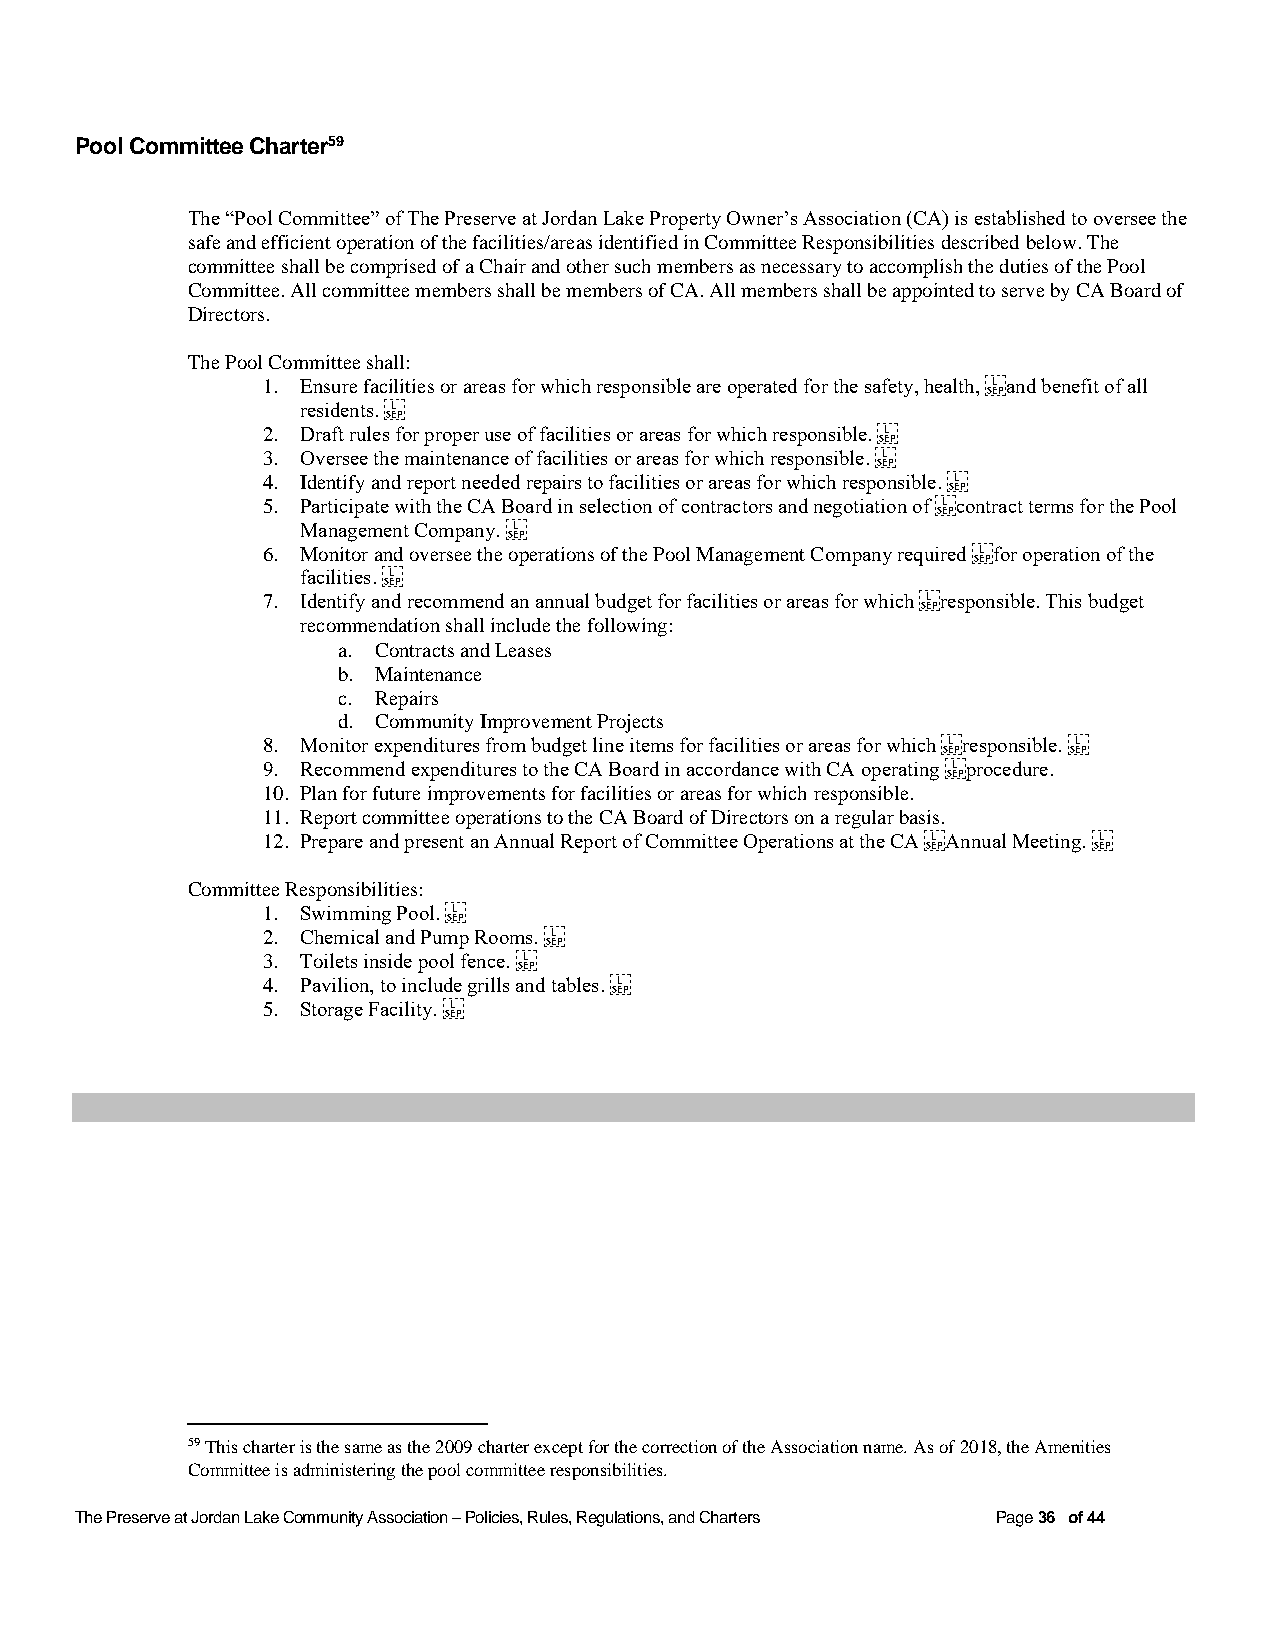
Pool Committee Charter59
 The “Pool Committee” of The Preserve at Jordan Lake Property Owner’s Association (CA) is established to oversee the
 safe and efficient operation of the facilities/areas identified in Committee Responsibilities described below. The
 committee shall be comprised of a Chair and other such members as necessary to accomplish the duties of the Pool
 Committee. All committee members shall be members of CA. All members shall be appointed to serve by CA Board of
 Directors.
 The Pool Committee shall:
 1. Ensure facilities or areas for which responsible are operated for the safety, health, and benefit of all
 residents.
 2. Draft rules for proper use of facilities or areas for which responsible.
 3. Oversee the maintenance of facilities or areas for which responsible.
 4. Identify and report needed repairs to facilities or areas for which responsible.
 5. Participate with the CA Board in selection of contractors and negotiation of contract terms for the Pool
 Management Company.
 6. Monitor and oversee the operations of the Pool Management Company required for operation of the
 facilities.
 7. Identify and recommend an annual budget for facilities or areas for which responsible. This budget
 recommendation shall include the following:
 a. Contracts and Leases
 b. Maintenance
 c. Repairs
 d. Community Improvement Projects
 8. Monitor expenditures from budget line items for facilities or areas for which responsible.
 9. Recommend expenditures to the CA Board in accordance with CA operating procedure.
 10. Plan for future improvements for facilities or areas for which responsible.
 11. Report committee operations to the CA Board of Directors on a regular basis.
 12. Prepare and present an Annual Report of Committee Operations at the CA Annual Meeting.
 Committee Responsibilities:
 1. Swimming Pool.
 2. Chemical and Pump Rooms.
 3. Toilets inside pool fence.
 4. Pavilion, to include grills and tables.
 5. Storage Facility.
 59 This charter is the same as the 2009 charter except for the correction of the Association name. As of 2018, the Amenities
 Committee is administering the pool committee responsibilities.
 The Preserve at Jordan Lake Community Association – Policies, Rules, Regulations, and Charters Page 36 of 44